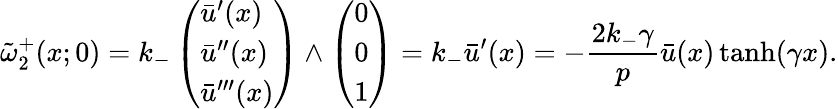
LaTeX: \tilde{\omega}_{2}^{+}(x;0)=k_{-}\left(\begin{array}{l}{\bar{u}^{\prime}(x)}\\ {\bar{u}^{\prime\prime}(x)}\\ {\bar{u}^{\prime\prime\prime}(x)}\end{array}\right)\wedge\left(\begin{array}{l}{0}\\ {0}\\ {1}\end{array}\right)=k_{-}\bar{u}^{\prime}(x)=-\frac{2k_{-}\gamma}{p}\bar{u}(x)\operatorname{tanh}(\gamma x).